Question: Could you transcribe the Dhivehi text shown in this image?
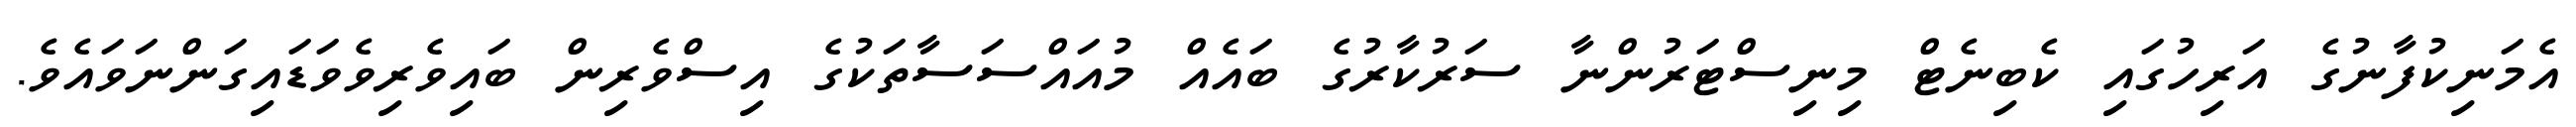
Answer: އެމަނިކުފާނުގެ އަރިހުގައި ކެބިނެޓް މިނިސްޓަރުންނާ ސަރުކާރުގެ ބައެއް މުއައްސަސާތަކުގެ އިސްވެރިން ބައިވެރިވެވަޑައިގަންނަވައެވެ.